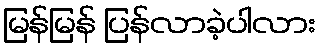
မြန်မြန် ပြန်လာခဲ့ပါလား